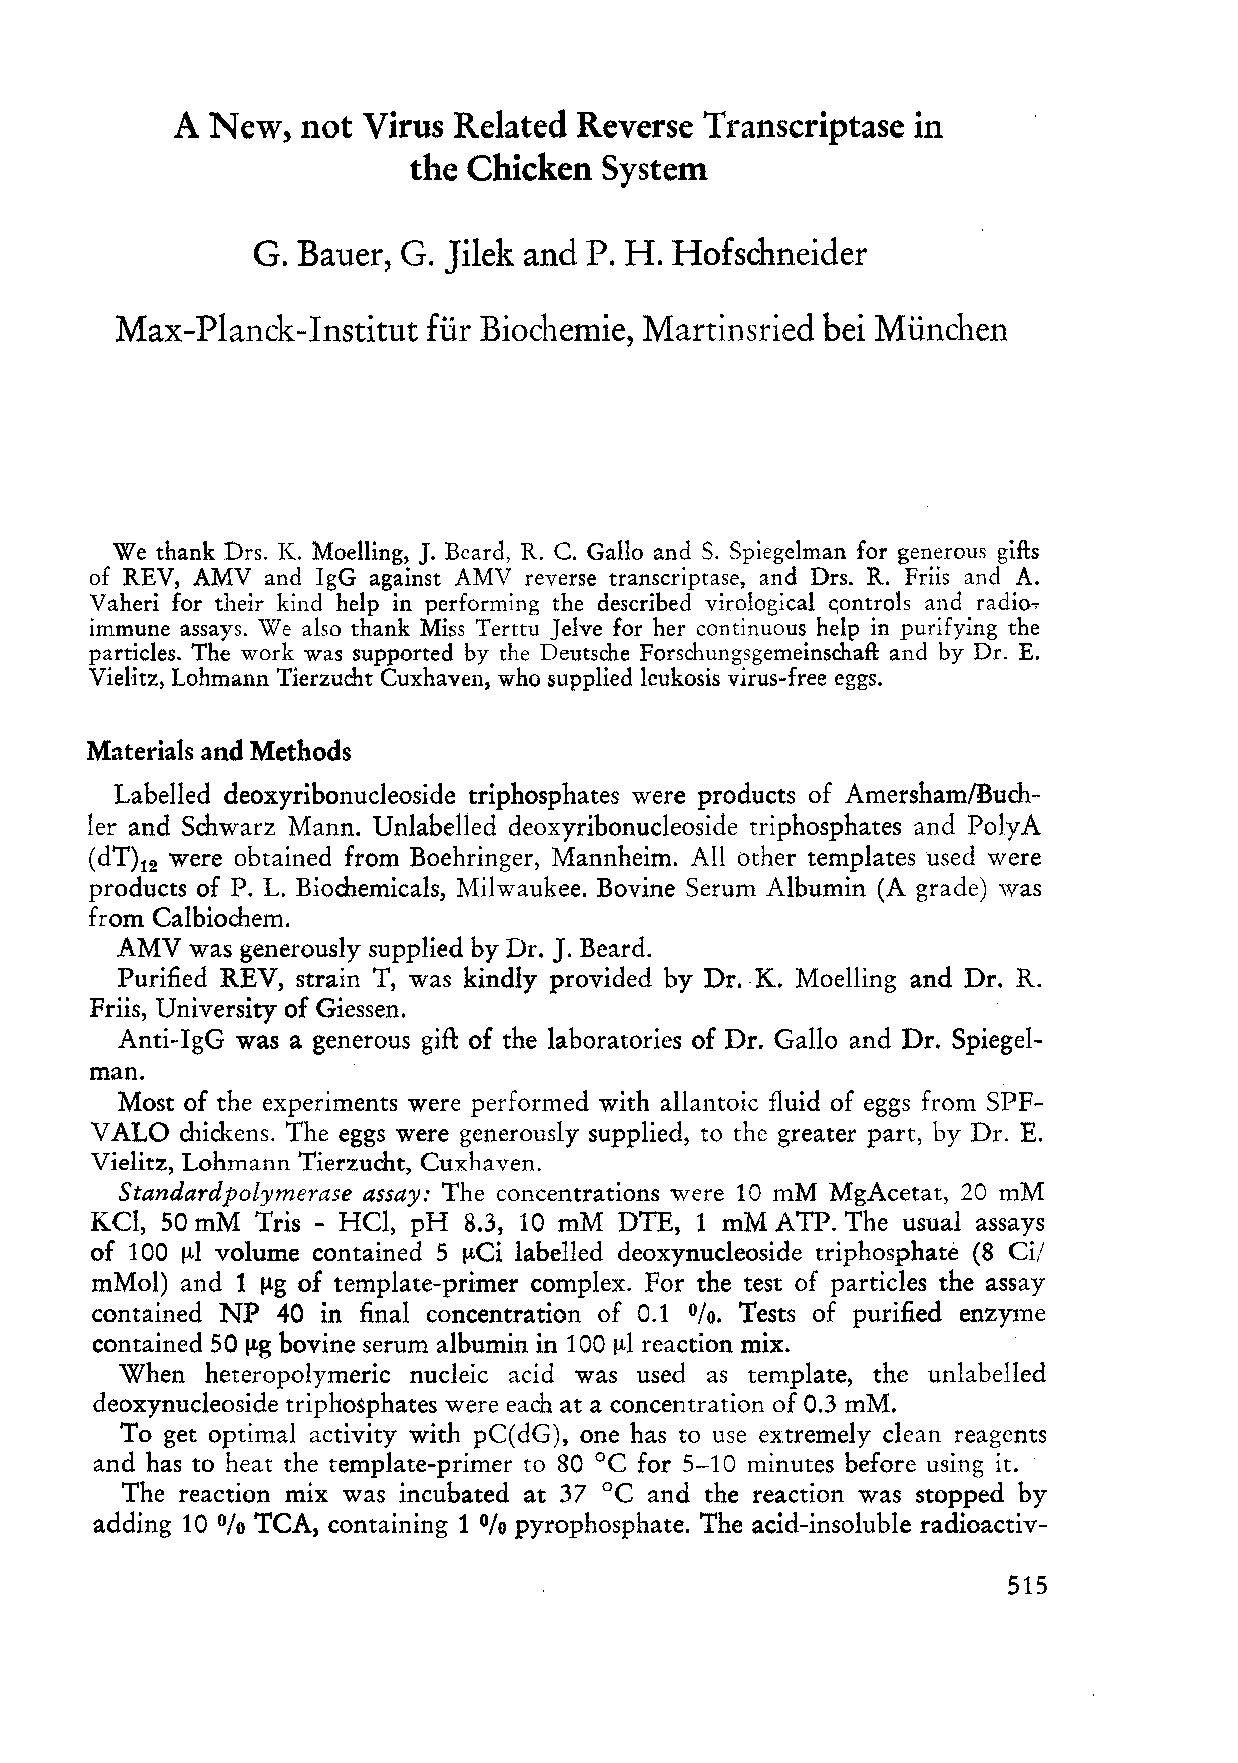
A  New,  not Virus Related Reverse Transcriptase in
 the Chicken  System
 G. Bauer, G. Jilek and P. H. Hofschneider
 Max-Planck-Institut für Biochemie, Martinsried bei München
 We thank Drs. K. Moelling, J. Beard, R. C. Gallo and S. Spiegelman for generous gifts
 of REV, AMV and IgG against AMV reverse transcriptase, and Drs. R. Friis and A.
 Vaheri for their kind help in performing the described virological c,ontrols and radio.,.
 immune assays. We also thank Miss Terttu Jelve for her continuous help in purifying the
 particles. The work was supported by the Deutsche Forschungsgemeinschaft and by Dr. E.
 Vielitz, Lohmann Tierzucht Cuxhaven, who supplied leukosis virus-free eggs.
 Materials and Methods
 Labelled deoxyribonucleoside triphosphates were products of AmershamlBuch
 ler and Schwarz Mann. Unlabelled deoxyribonucleoside triphosphates and PolyA
 (dT)12 were obtained from Boehringer, Mannheim. All other templates used were
 products of P. L. Biochemicals, Milwaukee. Bovine Serum Albumin (A grade) was
 from Calbiochem.
 AMV  was generousIy supplied by Dr. J. Beard.
 Purified REV, strain T, was kindly provided by Dr.K. Moelling and Dr. R.
 Friis, University of Giessen.
 Anti-IgG was a generous gift of the laboratories of Dr. Gallo and Dr. Spiegel
 man.
 Most of the experiments were performed with allantoic fluid of eggs from SPF
 VALO  chickens. The eggs were generously supplied, to the greater part, by Dr. E.
 Vielitz, Lohmann Tierzucht, Cuxhaven.
 Standardpolymerase assay: The concentrations were 10 mM MgAcetat, 20 mM
 KCI, 50 mM Tris - HCI, pH 8.3, 10 mM DTE, 1 mM ATP. The usual assays
 of 100 ~l volume contained 5 ~Ci labelIed deoxynucleoside triphosphate (8 Cil
 mMol) and 1 !1g of template-primer complex. For the test of particles the assay
 contained NP 40 in final concentration of 0.1 0/0. Tests of purified enzyme
 contained 50 ~g bovine serum albumin in 100 !LI reaction mix.
 When  heteropolymeric nucleic acid was used as template, the unlabelled
 deoxynucleoside triphosphates wereeach at a concentration of 0.3 mM.
 To get optimal activity with pC(dG), one has to use extremely clean reagents
 and has to heat the template-primer to 80°C for 5-10 minutes before using it.
 The reaction mix was incubated at 37°C and the re action was stopped by
 adding 10  TCA, containing 1 pyrophosphate. The acid-insoluble radioactiv-
 %                 %
 515